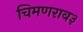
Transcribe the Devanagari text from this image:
चिमणराव३